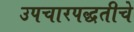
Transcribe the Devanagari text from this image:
उपचारपद्धतीचे